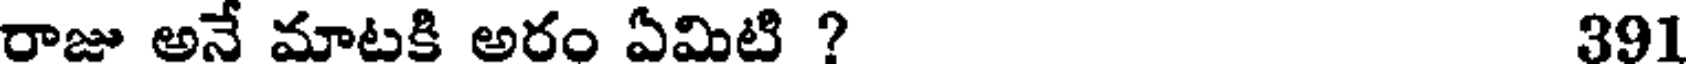
రాజు అనే మాటకి అరం ఏమిటి ? 391